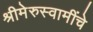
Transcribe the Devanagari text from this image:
श्रीमेरुस्वामींचे